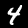
Digit: 4